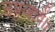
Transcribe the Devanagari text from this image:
उपजावैं।।